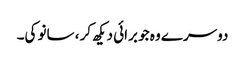
دوسرے وہ جو برائی دیکھ کر، سانو کی۔